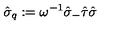
\hat { \sigma } _ { q } : = \omega ^ { - 1 } \hat { \sigma } _ { - } \hat { \tau } \hat { \sigma }